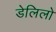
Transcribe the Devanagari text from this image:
डेलिलो